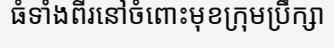
ធំទាំងពីរនៅចំពោះមុខក្រុមប្រឹក្សា